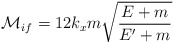
\begin{align*}{\cal{M}}_{if}=12k_x m \sqrt{\frac{E+m}{E'+m}}\end{align*}